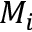
M _ { i }